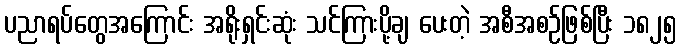
ပညာရပ်တွေအကြောင်း အရိုးရှင်းဆုံး သင်ကြားပို့ချ ပေးတဲ့ အစီအစဉ်ဖြစ်ပြီး ၁၈၂၅